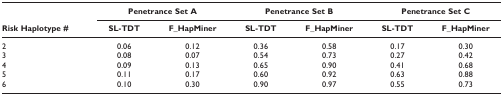
<table><thead><tr><td></td><td colspan="2"><b>Penetrance Set A</b></td><td colspan="2"><b>Penetrance Set B</b></td><td colspan="2"><b>Penetrance Set C</b></td></tr><tr><td><b>Risk Haplotype #</b></td><td><b>SL-TDT</b></td><td><b>F_HapMiner</b></td><td><b>SL-TDT</b></td><td><b>F_HapMiner</b></td><td><b>SL-TDT</b></td><td><b>F_HapMiner</b></td></tr></thead><tbody><tr><td>2</td><td>0.06</td><td>0.12</td><td>0.36</td><td>0.58</td><td>0.17</td><td>0.30</td></tr><tr><td>3</td><td>0.08</td><td>0.07</td><td>0.54</td><td>0.73</td><td>0.27</td><td>0.42</td></tr><tr><td>4</td><td>0.09</td><td>0.13</td><td>0.65</td><td>0.90</td><td>0.41</td><td>0.68</td></tr><tr><td>5</td><td>0.11</td><td>0.17</td><td>0.60</td><td>0.92</td><td>0.63</td><td>0.88</td></tr><tr><td>6</td><td>0.10</td><td>0.30</td><td>0.90</td><td>0.97</td><td>0.55</td><td>0.73</td></tr></tbody></table>